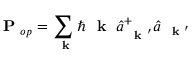
\mathrm { ~ \bf ~ P ~ } _ { o p } = \sum _ { \mathrm { ~ \bf ~ k ~ } } \hbar \mathrm { ~ \bf ~ k ~ } \; \hat { a } _ { \mathrm { ~ \bf ~ k ~ } ^ { \prime } } ^ { + } \hat { a } _ { \mathrm { ~ \bf ~ k ~ } ^ { \prime } }